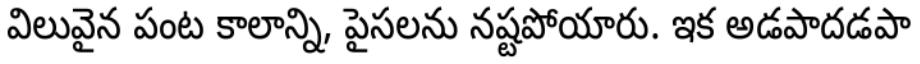
విలువైన పంట కాలాన్ని, పైసలను నష్టపోయారు. ఇక అడపాదడపా